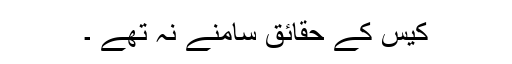
کیس کے حقائق سامنے نہ تھے ۔